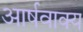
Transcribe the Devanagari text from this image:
आर्षवाक्य